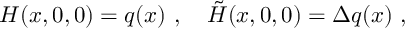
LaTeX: H ( x , 0 , 0 ) = q ( x ) \ , ~ ~ ~ \tilde { H } ( x , 0 , 0 ) = \Delta q ( x ) \ ,